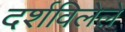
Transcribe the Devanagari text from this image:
दर्शविलेले